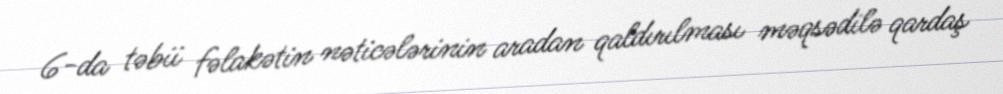
6-da təbii fəlakətin nəticələrinin aradan qaldırılması məqsədilə qardaş